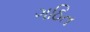
ગઠિત